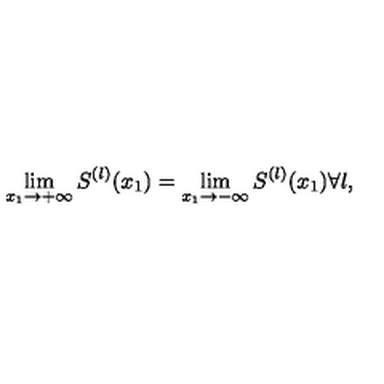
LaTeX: \lim _ { x _ { 1 } \rightarrow + \infty } S ^ { ( l ) } ( x _ { 1 } ) = \lim _ { x _ { 1 } \rightarrow - \infty } S ^ { ( l ) } ( x _ { 1 } ) \forall l ,